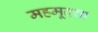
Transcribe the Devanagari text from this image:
महमूदचा